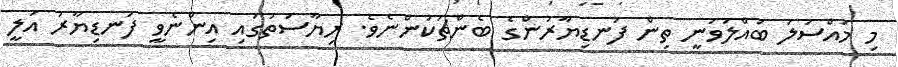
މި މައްސަލަ ބައްލަވަނީ ތިން ފަނޑިޔާރުންގެ ބެންޗަކުންނެވެ. ރިޔާސަތުގައި އިންނެވީ ފަނޑިޔާރު އަލީ